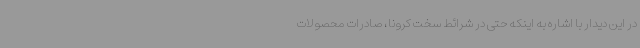
در این دیدار با اشاره به اینکه حتی در شرائط سخت کرونا، صادرات محصولات